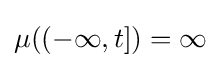
\mu ((-\infty ,t])=\infty